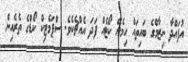
އުފައްދާ ނިޒާމްގެ ބައިތައް ހިމެނޭ ކޯޓެއް ފަދަ އެއްޗެކެވެ. ސްޕަމެޓިކް ކޯޑްގެ ތެރެއިން